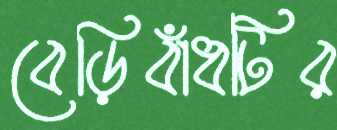
বেড়িবাঁধটির